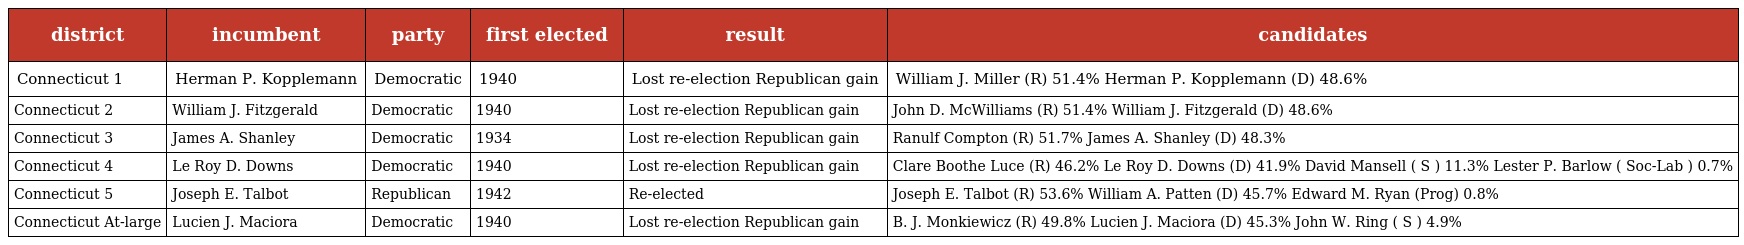
| district | incumbent | party | first elected | result | candidates |
 | --- | --- | --- | --- | --- | --- |
 | Connecticut 1 | Herman P. Kopplemann | Democratic | 1940 | Lost re-election Republican gain | William J. Miller (R) 51.4% Herman P. Kopplemann (D) 48.6% |
 | Connecticut 2 | William J. Fitzgerald | Democratic | 1940 | Lost re-election Republican gain | John D. McWilliams (R) 51.4% William J. Fitzgerald (D) 48.6% |
 | Connecticut 3 | James A. Shanley | Democratic | 1934 | Lost re-election Republican gain | Ranulf Compton (R) 51.7% James A. Shanley (D) 48.3% |
 | Connecticut 4 | Le Roy D. Downs | Democratic | 1940 | Lost re-election Republican gain | Clare Boothe Luce (R) 46.2% Le Roy D. Downs (D) 41.9% David Mansell ( S ) 11.3% Lester P. Barlow ( Soc-Lab ) 0.7% |
 | Connecticut 5 | Joseph E. Talbot | Republican | 1942 | Re-elected | Joseph E. Talbot (R) 53.6% William A. Patten (D) 45.7% Edward M. Ryan (Prog) 0.8% |
 | Connecticut At-large | Lucien J. Maciora | Democratic | 1940 | Lost re-election Republican gain | B. J. Monkiewicz (R) 49.8% Lucien J. Maciora (D) 45.3% John W. Ring ( S ) 4.9% |